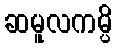
ဆမူလကမ္ပိ